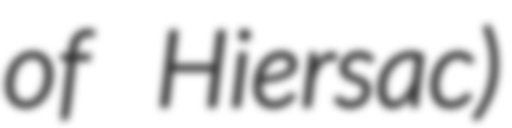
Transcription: of Hiersac)